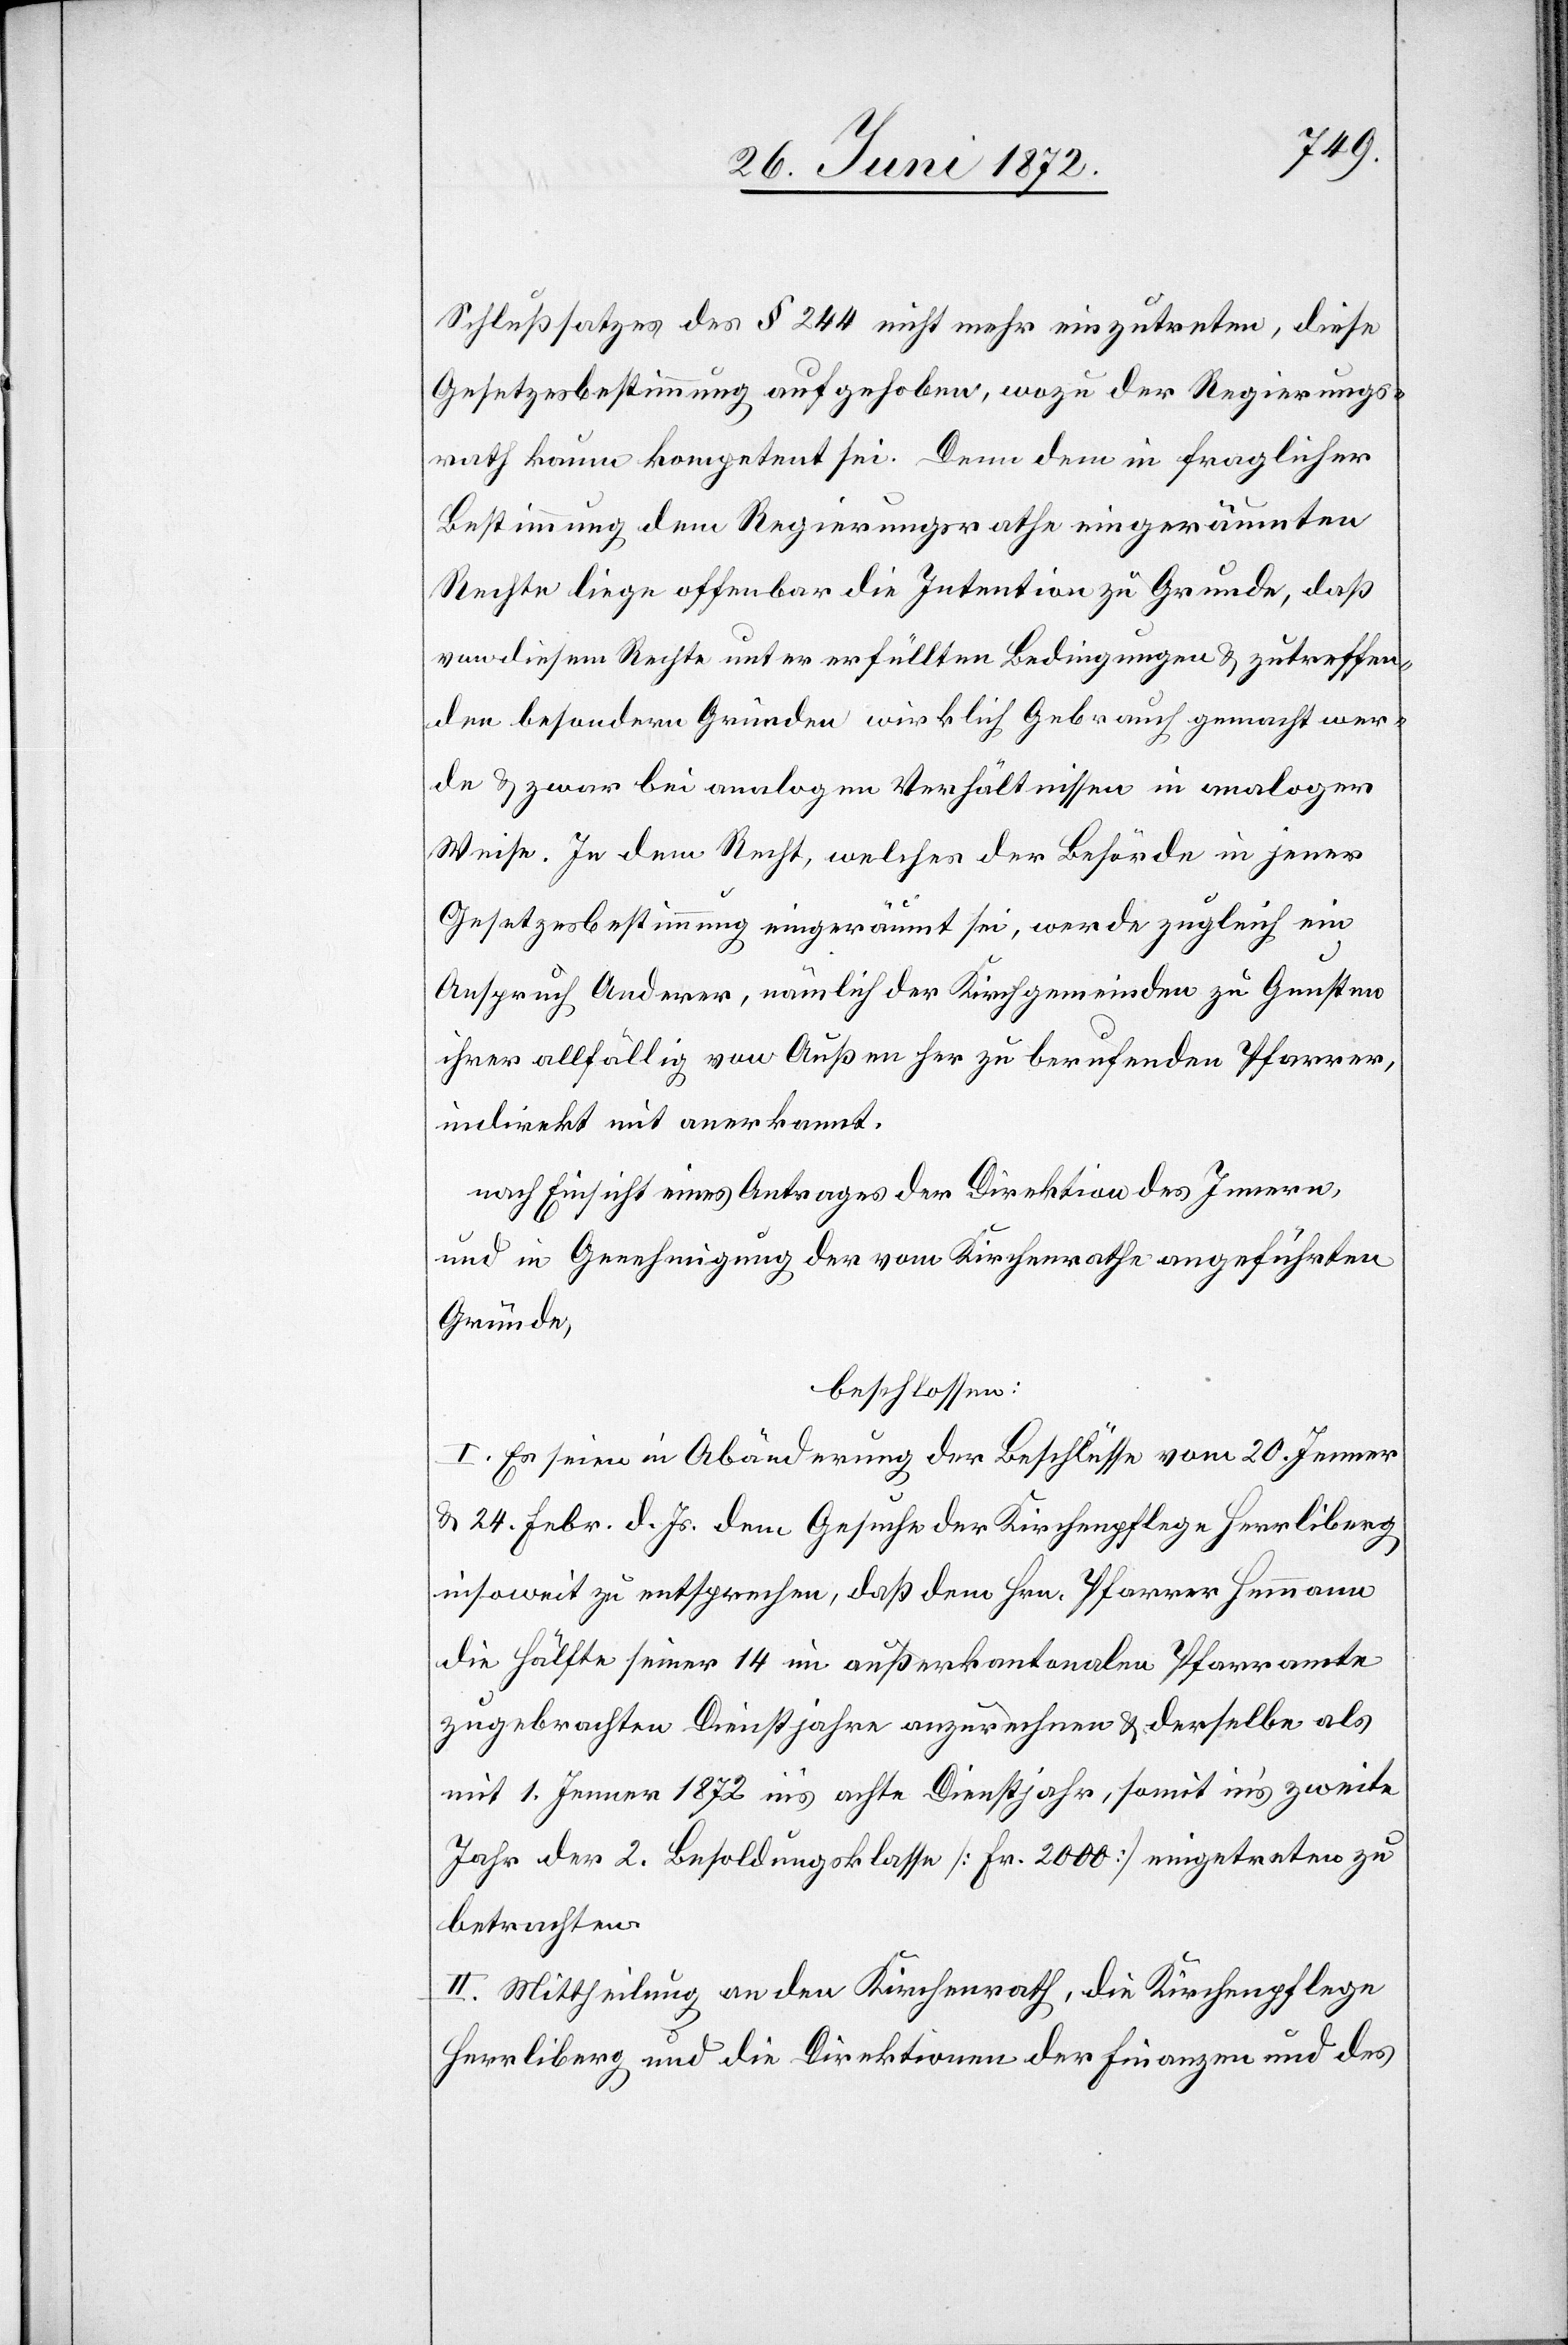
Schlußsatzes des § 244 nicht mehr einzutreten, diese
Gesetzesbestimmung aufgehoben, wozu der Regierungs¬
rath kaum kompetent sei. Denn dem in fraglicher
Bestimmung dem Regierungsrathe eingeräumten
Rechte liege offenbar die Intention zu Grunde, daß
von diesem Rechte unter erfüllten Bedingungen u. zutreffen¬
den besondern Gründen wirklich Gebrauch gemacht wer¬
de u. zwar bei analogen Verhältnissen in analoger
Weise. In dem Recht, welches der Behörde in jener
Gesetzesbestimmung eingeräumt sei, werde zugleich ein
Anspruch Anderer, nämlich der Kirchgemeinden zu Gunsten
ihrer allfällig von Außen her zu berufenden Pfarrer,
indirekt mit anerkannt.
nach Einsicht eines Antrages der Direktion des Innern,
und in Genehmigung der vom Kirchenrathe angeführten
Gründe,
beschlossen:
I. Es seien in Abänderung der Beschlüsse vom 20. Jenner
u. 24. Febr. d. Js. dem Gesuche der Kirchenpflege Herrliberg
insoweit zu entsprechen, daß dem Hrn. Pfarrer Hemmann
die Hälfte seiner 14 im außerkantonalen Pfarramte
zugebrachten Dienstjahre anzurechnen u. derselbe als
mit 1. Jenner 1872 in’s achte Dienstjahr, somit in’s zweite
Jahr der 2. Besoldungsklasse [Fr. 2000] eingetreten zu
betrachten.
II. Mittheilung an den Kirchenrath, die Kirchpflege
Herrliberg und die Direktionen der Finanzen und des